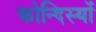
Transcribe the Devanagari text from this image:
कोन्दिस्यों